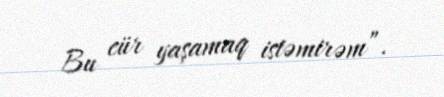
Bu cür yaşamaq istəmirəm”.